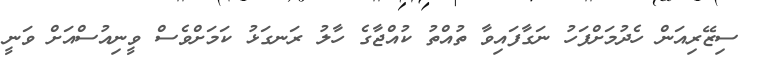
ސިޒޭރިއަން ހެދުމަށްފަހު ނަގާފައިވާ ތުއްތު ކުއްޖާގެ ހާލު ރަނގަޅު ކަމަށްވެސް ވީނިއުސްއަށް ވަނީ